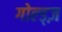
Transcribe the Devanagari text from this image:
गोल्ड्ज़